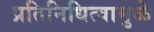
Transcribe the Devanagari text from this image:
प्रतिनिधित्वामुळे